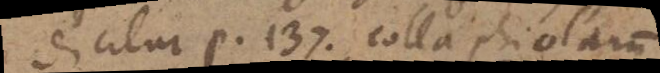
Dicitur p. 137. colla phiolarum